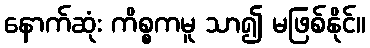
နောက်ဆုံး ကိစ္စကမူ သာ၍ မဖြစ်နိုင်။